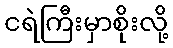
ငရဲကြီးမှာစိုးလို့